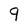
Character: 9